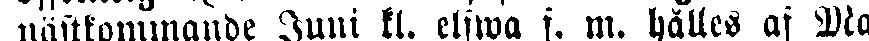
nästkommande Juni kl. elfwa f. m. hålles af Ma-